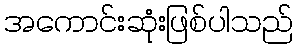
အကောင်းဆုံးဖြစ်ပါသည်